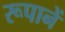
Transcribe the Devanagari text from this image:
रूपानें